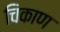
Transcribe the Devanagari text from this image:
चिकाण